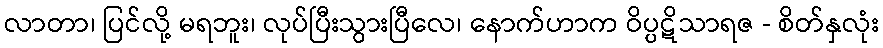
လာတာ၊ ပြင်လို့ မရဘူး၊ လုပ်ပြီးသွားပြီလေ၊ နောက်ဟာက ဝိပ္ပဋိသာရဇ - စိတ်နှလုံး